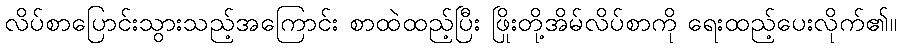
လိပ်စာပြောင်းသွားသည့်အကြောင်း စာထဲထည့်ပြီး ဖြိုးတို့အိမ်လိပ်စာကို ရေးထည့်ပေးလိုက်၏။